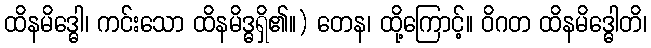
ထိနမိဒ္ဓေါ၊ ကင်းသော ထိနမိဒ္ဓရှိ၏။) တေန၊ ထို့ကြောင့်။ ဝိဂတ ထိနမိဒ္ဓေါတိ၊